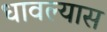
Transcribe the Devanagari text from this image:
धावल्यास